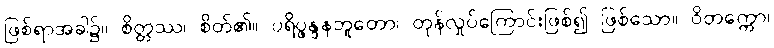
ဖြစ်ရာအခါ၌။ စိတ္တဿ၊ စိတ်၏။ ပရိပ္ဖန္ဒနဘူတော၊ တုန်လှုပ်ကြောင်းဖြစ်၍ ဖြစ်သော။ ဝိတက္ကော၊